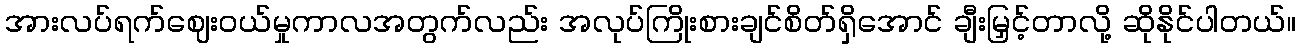
အားလပ်ရက်ဈေးဝယ်မှုကာလအတွက်လည်း အလုပ်ကြိုးစားချင်စိတ်ရှိအောင် ချီးမြှင့်တာလို့ ဆိုနိုင်ပါတယ်။